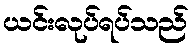
ယင်းလုပ်ရပ်သည်